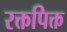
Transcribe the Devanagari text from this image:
रक्तपिक्त